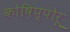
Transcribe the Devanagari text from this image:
कोष़िप्पोरू